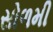
સોળમી